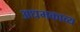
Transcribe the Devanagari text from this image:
अधमकाव्य